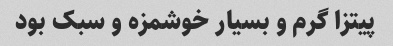
پیتزا گرم و بسیار خوشمزه و سبک بود